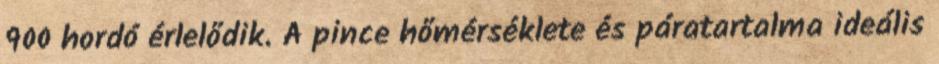
900 hordó érlelődik. A pince hőmérséklete és páratartalma ideális